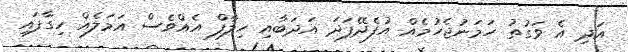
އަދި އެ ވަގުތު ހަމަނުޖެހުމެއް އުފެދޭފަދަ އަދަބާއި ހިލާފް އެއްވެސް އަމަލެއް ހިގާފައި